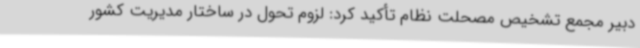
دبیر مجمع تشخیص مصحلت نظام تأکید کرد: لزوم تحول در ساختار مدیریت کشور